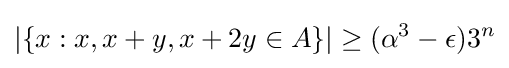
|\{x:x,x+y,x+2y\in A\}|\geq (\alpha ^{3}-\epsilon )3^{n}